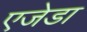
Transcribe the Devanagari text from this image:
एजेडा